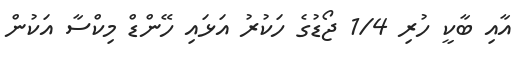
އާއި ބާކީ ހުރި 1/4 ޖޯޑުގެ ހަކުރު އަޅައި ހޭންޑް މިކްސާ އަކުން